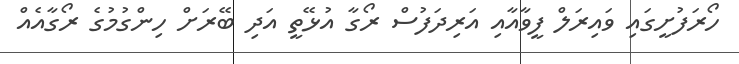
ހޯރަފުށީގައި ވައިރަލް ފީވާއާއި އަރިދަފުސް ރޯގާ އުޅޭތީ އަދި ބޭރަށް ހިންގުމުގެ ރޯގާއެއް